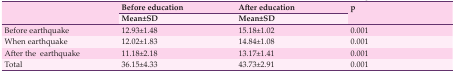
<table><thead><tr><td rowspan="2"></td><td><b> Before education </b></td><td><b> After education </b></td><td><b> p </b></td></tr><tr><td><b> Mean± SD </b></td><td><b> Mean± SD </b></td><td></td></tr></thead><tbody><tr><td> Before earthquake </td><td> 12.93±1.48 </td><td> 15.18±1.02 </td><td> 0.001 </td></tr><tr><td> When earthquake </td><td> 12.02±1.83 </td><td> 14.84±1.08 </td><td> 0.001 </td></tr><tr><td> After the earthquake </td><td> 11.18±2.18 </td><td> 13.17±1.41 </td><td> 0.001 </td></tr><tr><td> Total </td><td> 36.15±4.33 </td><td> 43.73±2.91 </td><td> 0.001 </td></tr></tbody></table>